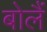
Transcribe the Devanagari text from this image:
बोलैं